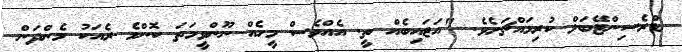
ޑްރެސިންޓޭބަލް ކުރިމައްޗަށެވެ. "އަޖައިބެއް ތީ. އެއްވެސް މީހެއް ނޫންވީމަތަ ކޮންމެ ރެއަކު މެންދަން